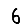
Digit: 6